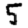
Digit: 5